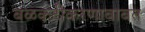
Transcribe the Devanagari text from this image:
बळकटीकरणाबाबत